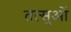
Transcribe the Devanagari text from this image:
तत्सुओं